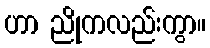
ဟာ ညိုကလည်းကွာ။